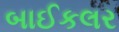
બાઈકલર